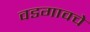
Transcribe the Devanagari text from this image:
वडगावचे